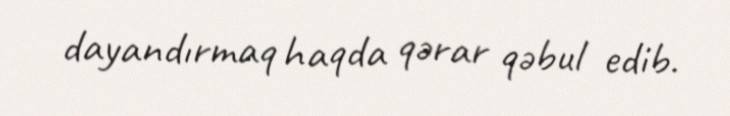
dayandırmaq haqda qərar qəbul edib.